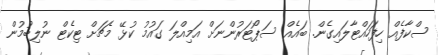
ސްކާފެއް ހިފަހައްޓާލައިގެން. ބައެއް ސަޕޯޓަރުންނަށް އަމިއްލަ ގައުމު ކުޅޭ މެޗަށް ޓިކެޓް ނުލިބުމުން